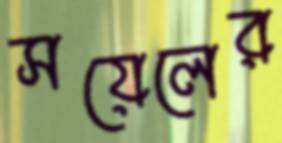
সয়েলের